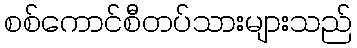
စစ်ကောင်စီတပ်သားများသည်